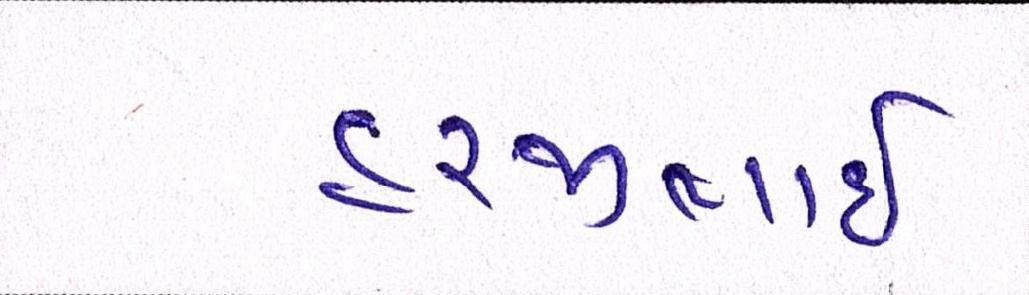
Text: હરજીભાઇ